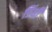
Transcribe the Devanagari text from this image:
डिंघी